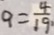
9 = \frac { 4 } { 1 9 }